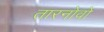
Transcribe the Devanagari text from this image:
तारनोवो